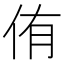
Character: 侑